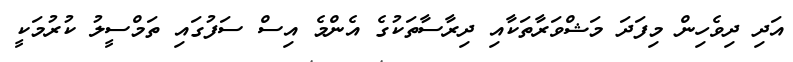
އަދި ދިވެހިން މިފަދަ މަޝްވަރާތަކާއި ދިރާސާތަކުގެ އެންމެ އިސް ސަފުގައި ތަމްސީލު ކުރުމަކީ